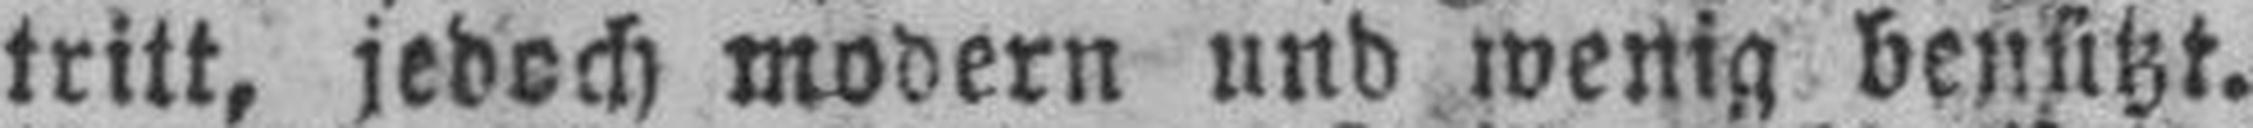
tritt, jedoch modern und wenig bensitzt.